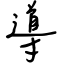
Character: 導